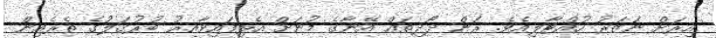
އިރަށް ނަޒަރު ހުއްޓާލިއެވެ. ރަން ދޯދިތައް އޭނާގެ މުނަށް އެޅިފައިވާއިރު ބުރުގަލުގެ ތެރެއިން